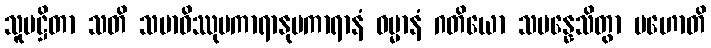
သူပဋ္ဌိတာ သတိ သမာဓိဿုပကာရာနုပကာရာနံ ဓမ္မာနံ ဂတိယော သမန္နေသိတွာ ပဟောတိ